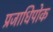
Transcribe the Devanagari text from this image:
प्रजाधिपोक